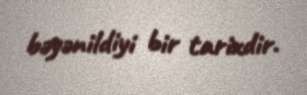
bəyənildiyi bir tarixdir.